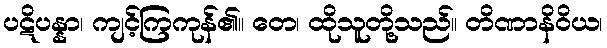
ပဋိပန္နာ၊ ကျင့်ကြကုန်၏။ တေ၊ ထိုသူတို့သည်။ တိဏာနိဝိယ၊